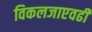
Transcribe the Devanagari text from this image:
विकलजाएवढी